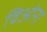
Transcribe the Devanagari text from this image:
विओना